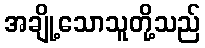
အချို့သောသူတို့သည်